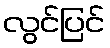
လွင်ပြင်